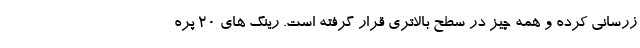
زرسانی کرده و همه چیز در سطح بالاتری قرار گرفته است. رینگ های 20 پره